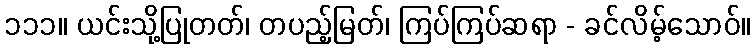
၁၁၁။ ယင်းသို့ပြုတတ်၊ တပည့်မြတ်၊ ကြပ်ကြပ်ဆရာ - ခင်လိမ့်သောဝ်။